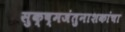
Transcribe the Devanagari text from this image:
सुक्ष्मजंतुनाशकांचा